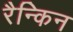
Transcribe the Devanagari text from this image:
रैन्किन